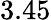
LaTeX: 3.45